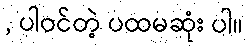
, ပါဝင်တဲ့ ပထမဆုံး ပါ။